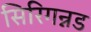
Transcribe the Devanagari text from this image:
सिरिगन्नड